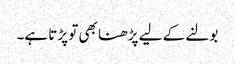
بولنے کے لیے پڑھنا بھی تو پڑتا ہے۔